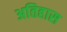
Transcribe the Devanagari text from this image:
अतिहास